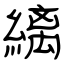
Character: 縭